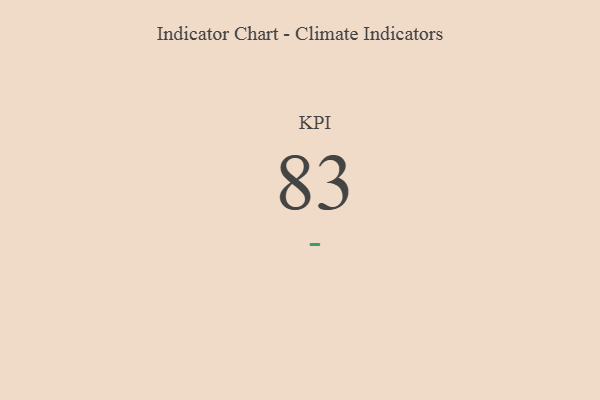
{"axis": {"x": "KPI", "y": "Value"}, "legend": [""], "data": [{"x": "KPI", "y": 83, "type": ""}]}